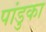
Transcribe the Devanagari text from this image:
पांडुका